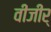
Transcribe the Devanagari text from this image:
वीजीर्